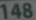
148